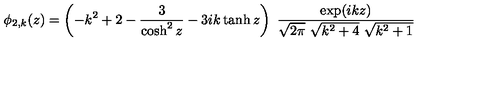
\phi _ { 2 , k } ( z ) = \left( - k ^ { 2 } + 2 - { \frac { 3 } { \cosh ^ { 2 } z } } - 3 i k \tanh z \right) \ { \frac { \exp ( i k z ) } { \sqrt { 2 \pi } \ \sqrt { k ^ { 2 } + 4 } \ \sqrt { k ^ { 2 } + 1 } } }